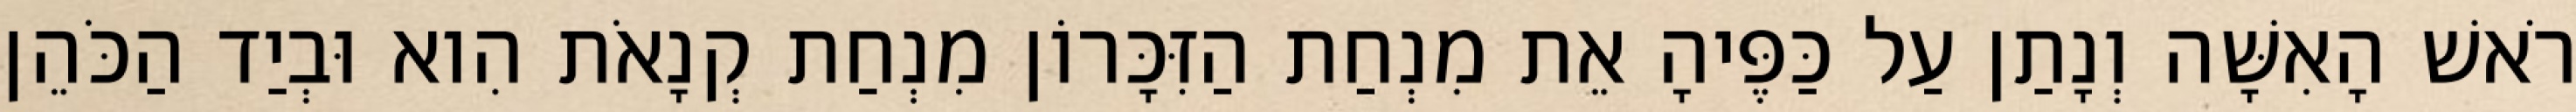
רֹאשׁ הָאִשָּׁה וְנָתַן עַל כַּפֶּיהָ אֵת מִנְחַת הַזִּכָּרוֹן מִנְחַת קְנָאֹת הִוא וּבְיַד הַכֹּהֵן